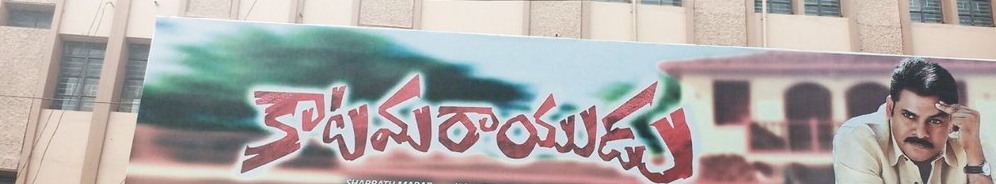
Language: telugu
Transcription: కాటమరాయుడు